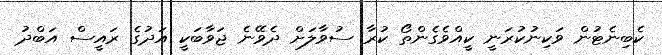
ކެބިނެޓުން ވަކިނުކުރަނީ ކީއްވެގެންތޯ ކުރާ ސުވާލަށް ދެވޭނެ ޖަވާބަކީ އަދުގެ ރައީސް އަބްދު